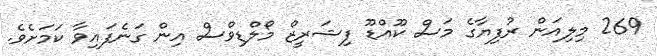
269 މިލިއަން ރުފިޔާގެ މަސް ކޫއްޑޫ ފިޝަރީޒް މޯލްޑިވްސް އިން ގަނެފައިވާ ކަމަށެވެ.